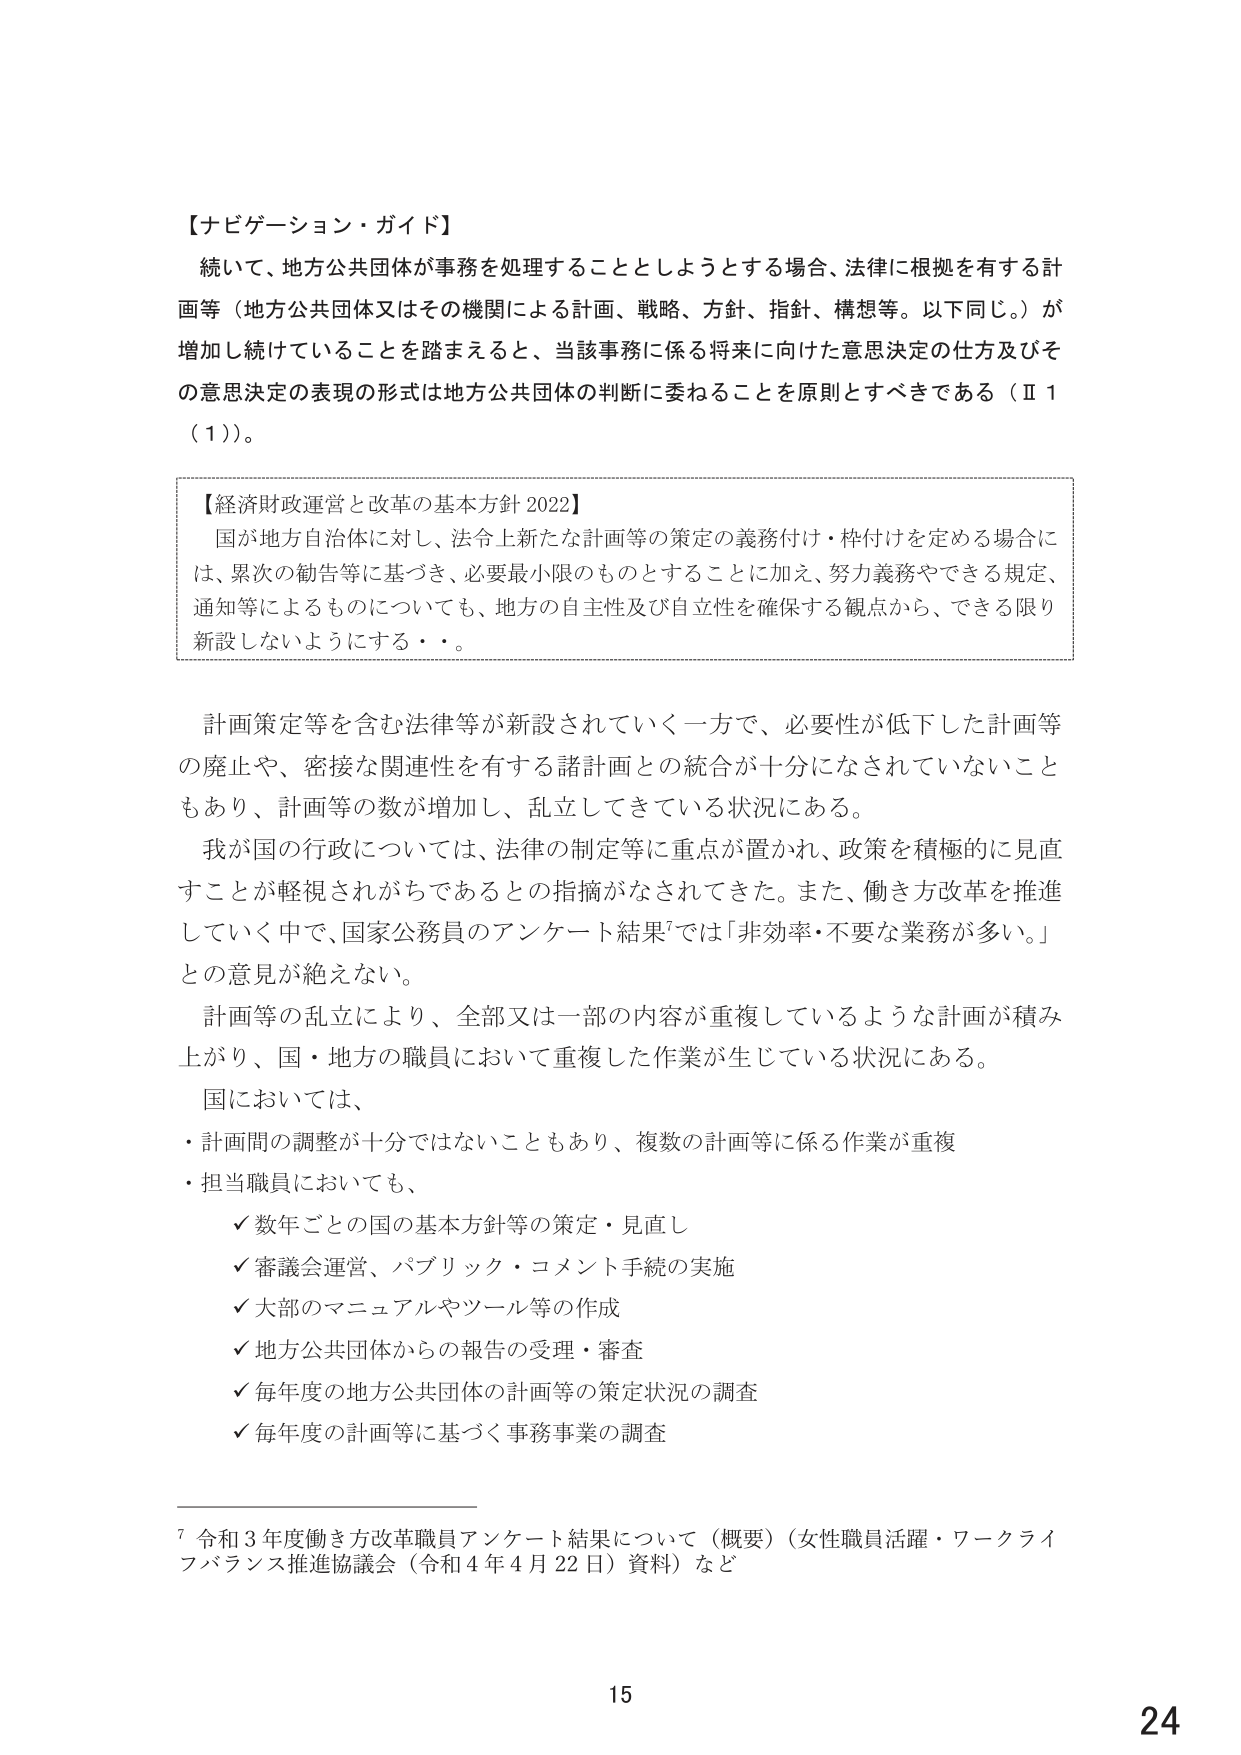
【ナビゲーション・ガイド】
続いて、地方公共団体が事務を処理することとしようとする場合、法律に根拠を有する計画等（地方公共団体又はその機関による計画、戦略、方針、指針、構想等。以下同じ。）が増加し続けていることを踏まえると、当該事務に係る将来に向けた意思決定の仕方及びその意思決定の表現の形式は地方公共団体の判断に委ねることを原則とすべきである（Ⅱ1（1））。

【経済財政運営と改革の基本方針 2022】
国が地方自治体に対し、法令上新たな計画等の策定の義務付け・枠付けを定める場合には、累次の勧告等に基づき、必要最小限のものとすることに加え、努力義務やできる規定、通知等によるものについても、地方の自主性及び自立性を確保する観点から、できる限り新設しないようにする・・。

計画策定等を含む法律等が新設されていく一方で、必要性が低下した計画等の廃止や、密接な関連性を有する諸計画との統合が十分になされていないこともあり、計画等の数が増加し、乱立してきている状況にある。
我が国の行政については、法律の制定等に重点が置かれ、政策を積極的に見直すことが軽視されがちであるとの指摘がなされてきた。また、働き方改革を推進していく中で、国家公務員のアンケート結果⁷では「非効率・不要な業務が多い。」との意見が絶えない。
計画等の乱立により、全部又は一部の内容が重複しているような計画が積み上がり、国・地方の職員において重複した作業が生じている状況にある。
国においては、
・計画間の調整が十分ではないこともあり、複数の計画等に係る作業が重複
・担当職員においても、
　✓ 数年ごとの国の基本方針等の策定・見直し
　✓ 審議会運営、パブリック・コメント手続の実施
　✓ 大部のマニュアルやツール等の作成
　✓ 地方公共団体からの報告の受理・審査
　✓ 毎年度の地方公共団体の計画等の策定状況の調査
　✓ 毎年度の計画等に基づく事務事業の調査

⁷ 令和3年度働き方改革職員アンケート結果について（概要）（女性職員活躍・ワークライフバランス推進協議会（令和4年4月22日）資料）など

15
24